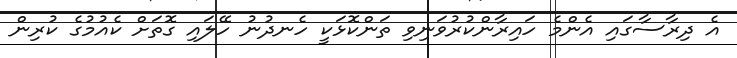
އެ ދިރާސާގައި އެންމެ ހައިރާންކުރުވަނިވި ތަންކޮޅަކީ ހެނދުނު ހޭލައި ގޮތަށް ކެއުމުގެ ކުރިން